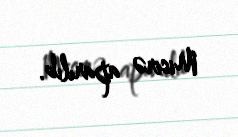
Misirə aparılıb.